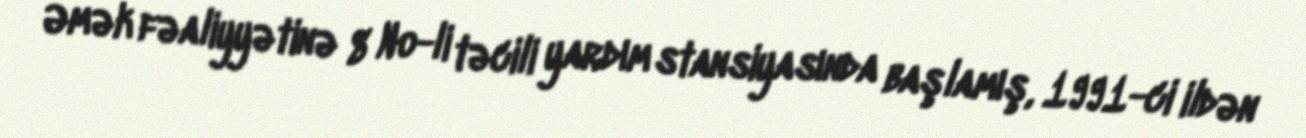
Əmək fəaliyyətinə 8 №-li təcili yardım stansiyasında başlamış, 1991-ci ildən